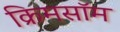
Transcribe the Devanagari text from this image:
क्रिमसॉम